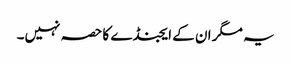
یہ مگر ان کے ایجنڈے کا حصہ نہیں۔